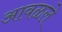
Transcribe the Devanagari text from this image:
आवळले